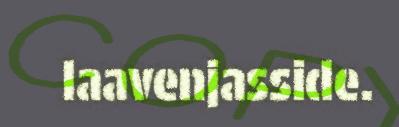
laavenjasside.